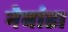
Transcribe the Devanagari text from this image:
नेबांडा